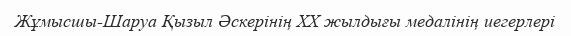
Жұмысшы-Шаруа Қызыл Әскерінің XX жылдығы медалінің иегерлері